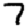
Digit: 7